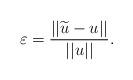
LaTeX: \begin{align*}\varepsilon=\frac{||\widetilde{u}-u||}{||u||}.\end{align*}